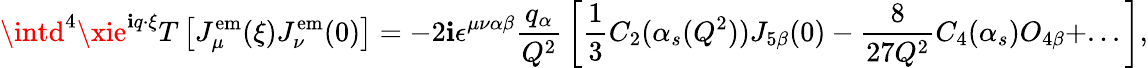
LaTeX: \intd^{4}\xie^{\mathbf{i}q\cdot\xi}T\left[J_{\mu}^{\mathrm{{em}}}(\xi)J_{\nu}^{\mathrm{{em}}}(0)\right]=-2\mathbf{i}\epsilon^{\mu\nu\alpha\beta}{\frac{{q_{\alpha}}}{{Q^{2}}}}\left[{\frac{{1}}{{3}}}C_{2}(\alpha_{s}(Q^{2}))J_{5\beta}(0)-{\frac{{8}}{{27Q^{2}}}}C_{4}(\alpha_{s})O_{4\beta}+...\right],